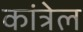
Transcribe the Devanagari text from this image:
कांत्रेल